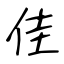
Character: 佳